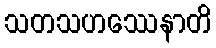
သတသဟဿေနာတိ